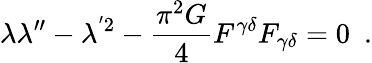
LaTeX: \lambda\lambda^{"}-\lambda^{^{\prime}2}-\frac{\pi^{2}G}{4}F^{\gamma\delta}F_{\gamma\delta}=0~~.